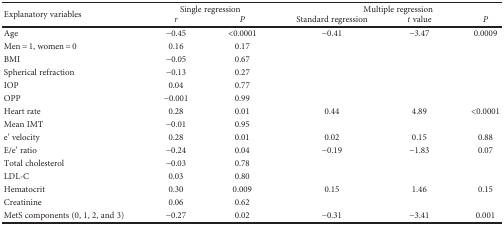
<table><thead><tr><td rowspan="2"><b>Explanatory variables</b></td><td colspan="2"><b>Single regression</b></td><td colspan="3"><b>Multiple regression</b></td></tr><tr><td><b><i>r</i></b></td><td><b><i>P</i></b></td><td><b>Standard regression</b></td><td><b><i>t</i> value</b></td><td><b><i>P</i></b></td></tr></thead><tbody><tr><td>Age</td><td>−0.45</td><td>&lt;0.0001</td><td>−0.41</td><td>−3.47</td><td>0.0009</td></tr><tr><td>Men = 1, women = 0</td><td>0.16</td><td>0.17</td><td></td><td></td><td></td></tr><tr><td>BMI</td><td>−0.05</td><td>0.67</td><td></td><td></td><td></td></tr><tr><td>Spherical refraction</td><td>−0.13</td><td>0.27</td><td></td><td></td><td></td></tr><tr><td>IOP</td><td>0.04</td><td>0.77</td><td></td><td></td><td></td></tr><tr><td>OPP</td><td>−0.001</td><td>0.99</td><td></td><td></td><td></td></tr><tr><td>Heart rate</td><td>0.28</td><td>0.01</td><td>0.44</td><td>4.89</td><td>&lt;0.0001</td></tr><tr><td>Mean IMT</td><td>−0.01</td><td>0.95</td><td></td><td></td><td></td></tr><tr><td>e&#x27; velocity</td><td>0.28</td><td>0.01</td><td>0.02</td><td>0.15</td><td>0.88</td></tr><tr><td>E/e&#x27; ratio</td><td>−0.24</td><td>0.04</td><td>−0.19</td><td>−1.83</td><td>0.07</td></tr><tr><td>Total cholesterol</td><td>−0.03</td><td>0.78</td><td></td><td></td><td></td></tr><tr><td>LDL-C</td><td>0.03</td><td>0.80</td><td></td><td></td><td></td></tr><tr><td>Hematocrit</td><td>0.30</td><td>0.009</td><td>0.15</td><td>1.46</td><td>0.15</td></tr><tr><td>Creatinine</td><td>0.06</td><td>0.62</td><td></td><td></td><td></td></tr><tr><td>MetS components (0, 1, 2, and 3)</td><td>−0.27</td><td>0.02</td><td>−0.31</td><td>−3.41</td><td>0.001</td></tr></tbody></table>